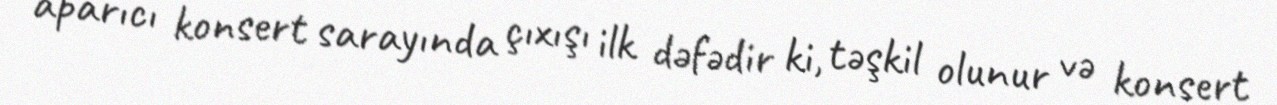
aparıcı konsert sarayında çıxışı ilk dəfədir ki, təşkil olunur və konsert